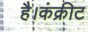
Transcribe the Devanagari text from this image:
है।कंक्रीट